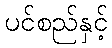
ပင်စည်နှင့်